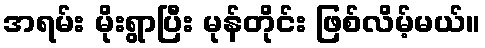
အရမ်း မိုးရွာပြီး မုန်တိုင်း ဖြစ်လိမ့်မယ်။